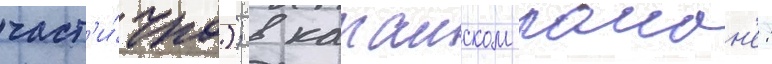
част'и́чно); в катаиском раион'е: